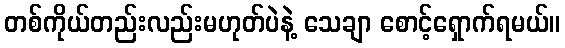
တစ်ကိုယ်တည်းလည်းမဟုတ်ပဲနဲ့ သေချာ စောင့်ရှောက်ရမယ်။